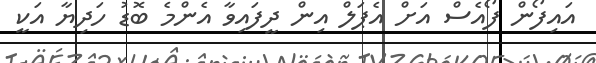
އައިފޯން ފޯއެސް އަށް އެޕަލް އިން ދީފައިވާ އެންމެ ބޮޑު ހަދިޔާ އަކީ